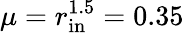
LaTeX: \mu=r_{\mathrm{in}}^{1.5}=0.35